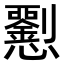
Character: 𢥍